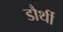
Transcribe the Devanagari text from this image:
डौर्थी